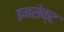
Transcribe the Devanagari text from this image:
इनसेक्ट